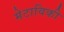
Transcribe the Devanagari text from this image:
मेटाविकी